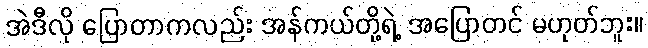
အဲဒီလို ပြောတာကလည်း အန်ကယ်တို့ရဲ့ အပြောတင် မဟုတ်ဘူး။